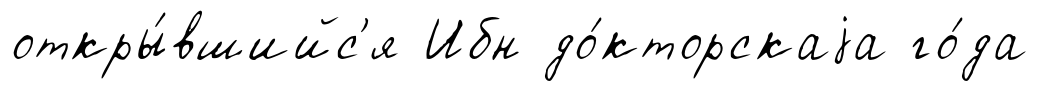
откры́вшийс'я Ибн до́кторскаjа го́да